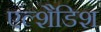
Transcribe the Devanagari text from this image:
एल्शैडिश